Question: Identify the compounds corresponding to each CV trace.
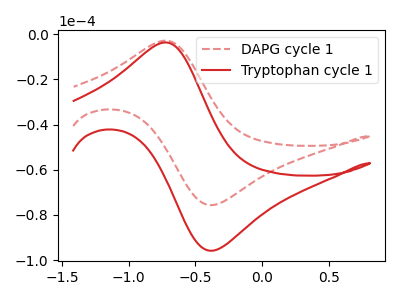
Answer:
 <answer>The red dashed curve is labeled "DAPG cycle 1". The red curve is labeled "Tryptophan cycle 1".</answer>
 <eval></eval>